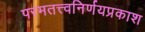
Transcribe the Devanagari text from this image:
परमतत्त्वनिर्णयप्रकाश